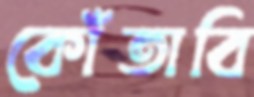
কোঁতাবি